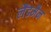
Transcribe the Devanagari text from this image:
लैंडमैन